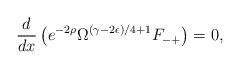
LaTeX: \begin{align*}\frac{d}{dx}\left(e^{-2\rho} \Omega^{(\gamma -2\epsilon)/4 +1} F_{-+} \right)=0,\end{align*}